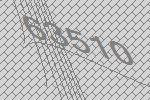
63510